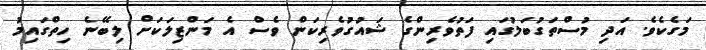
މަގެކެވެ. އަދި މުސްތަގުބަލުގައި ފަތުވެރިންގެ ޝައުގުވެރިކަން ވެސް އެ މަންޒިލަކަށް ލިބޭނެ ހިތްގައިމު